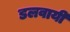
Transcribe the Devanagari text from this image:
डलवायी